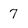
Character: 7